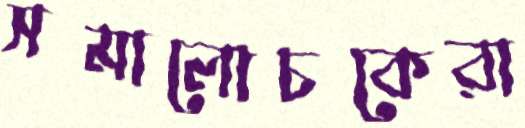
সমালোচকেরা